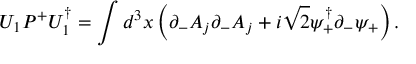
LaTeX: U _ { 1 } P ^ { + } U _ { 1 } ^ { \dagger } = \int d ^ { 3 } x \left( \partial _ { - } A _ { j } \partial _ { - } A _ { j } + i \sqrt { 2 } \psi _ { + } ^ { \dagger } \partial _ { - } \psi _ { + } \right) .